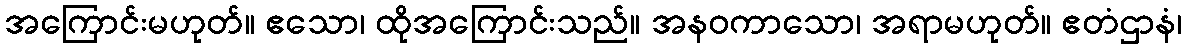
အကြောင်းမဟုတ်။ ဧသော၊ ထိုအကြောင်းသည်။ အနဝကာသော၊ အရာမဟုတ်။ ဧတံဌာနံ၊